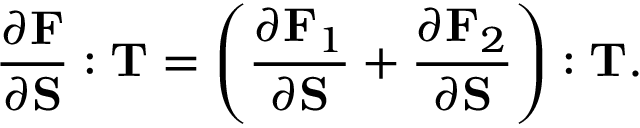
{ \frac { \partial \mathbf { F } } { \partial \mathbf { S } } } : \mathbf { T } = \left( { \frac { \partial \mathbf { F } _ { 1 } } { \partial \mathbf { S } } } + { \frac { \partial \mathbf { F } _ { 2 } } { \partial \mathbf { S } } } \right) : \mathbf { T } .